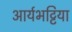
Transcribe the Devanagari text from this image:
आर्यभट्टिया